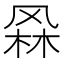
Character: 𭪫